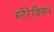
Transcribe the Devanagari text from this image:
स्टेरेडियन